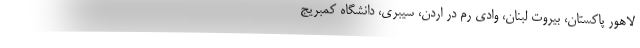
لاهور پاکستان، بیروت لبنان، وادی رم در اردن، سیبری، دانشگاه کمبریج